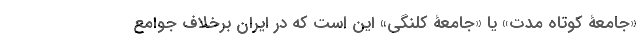
«جامعۀ کوتاه مدت» یا «جامعۀ کلنگی» این است که در ایران برخلاف جوامع